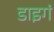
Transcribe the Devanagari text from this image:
डाइगं